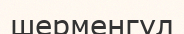
шерменгүл